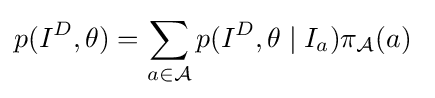
p(I^{D},\theta )=\sum _{a\in {\mathcal {A}}}p(I^{D},\theta \mid I_{a})\pi _{\mathcal {A}}(a)\